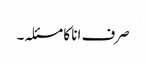
صرف انا کا مسئلہ۔